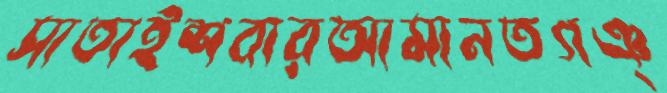
সাতাইশবারআমানতগঞ্